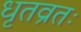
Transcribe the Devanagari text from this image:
धृतव्रतः